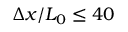
\Delta x / L _ { 0 } \leq 4 0